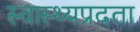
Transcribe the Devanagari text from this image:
स्वास्थ्यप्रदता